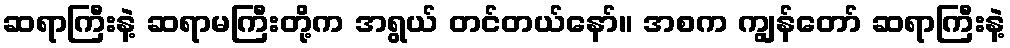
ဆရာကြီးနဲ့ ဆရာမကြီးတို့က အရွယ် တင်တယ်နော်။ အစက ကျွန်တော် ဆရာကြီးနဲ့